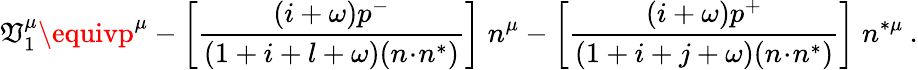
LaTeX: \mathfrak{V}_{1}^{\mu}\equivp^{\mu}-\left[\frac{{(i+\omega)p^{-}}}{{(1+i+l+\omega)(n\! \cdot\! n^{*})}}\right]\; n^{\mu}-\left[\frac{{(i+\omega)p^{+}}}{{(1+i+j+\omega)(n\! \cdot\! n^{*})}}\right]\; n^{*\mu}\: .